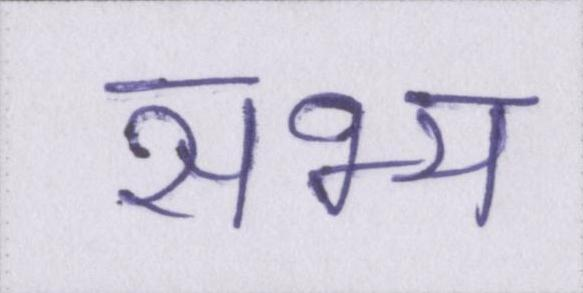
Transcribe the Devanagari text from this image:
सभ्य